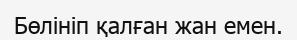
Бөлініп қалған жан емен.